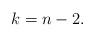
LaTeX: \begin{align*}k=n-2.\end{align*}